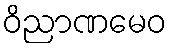
ဝိညာဏမေဝ